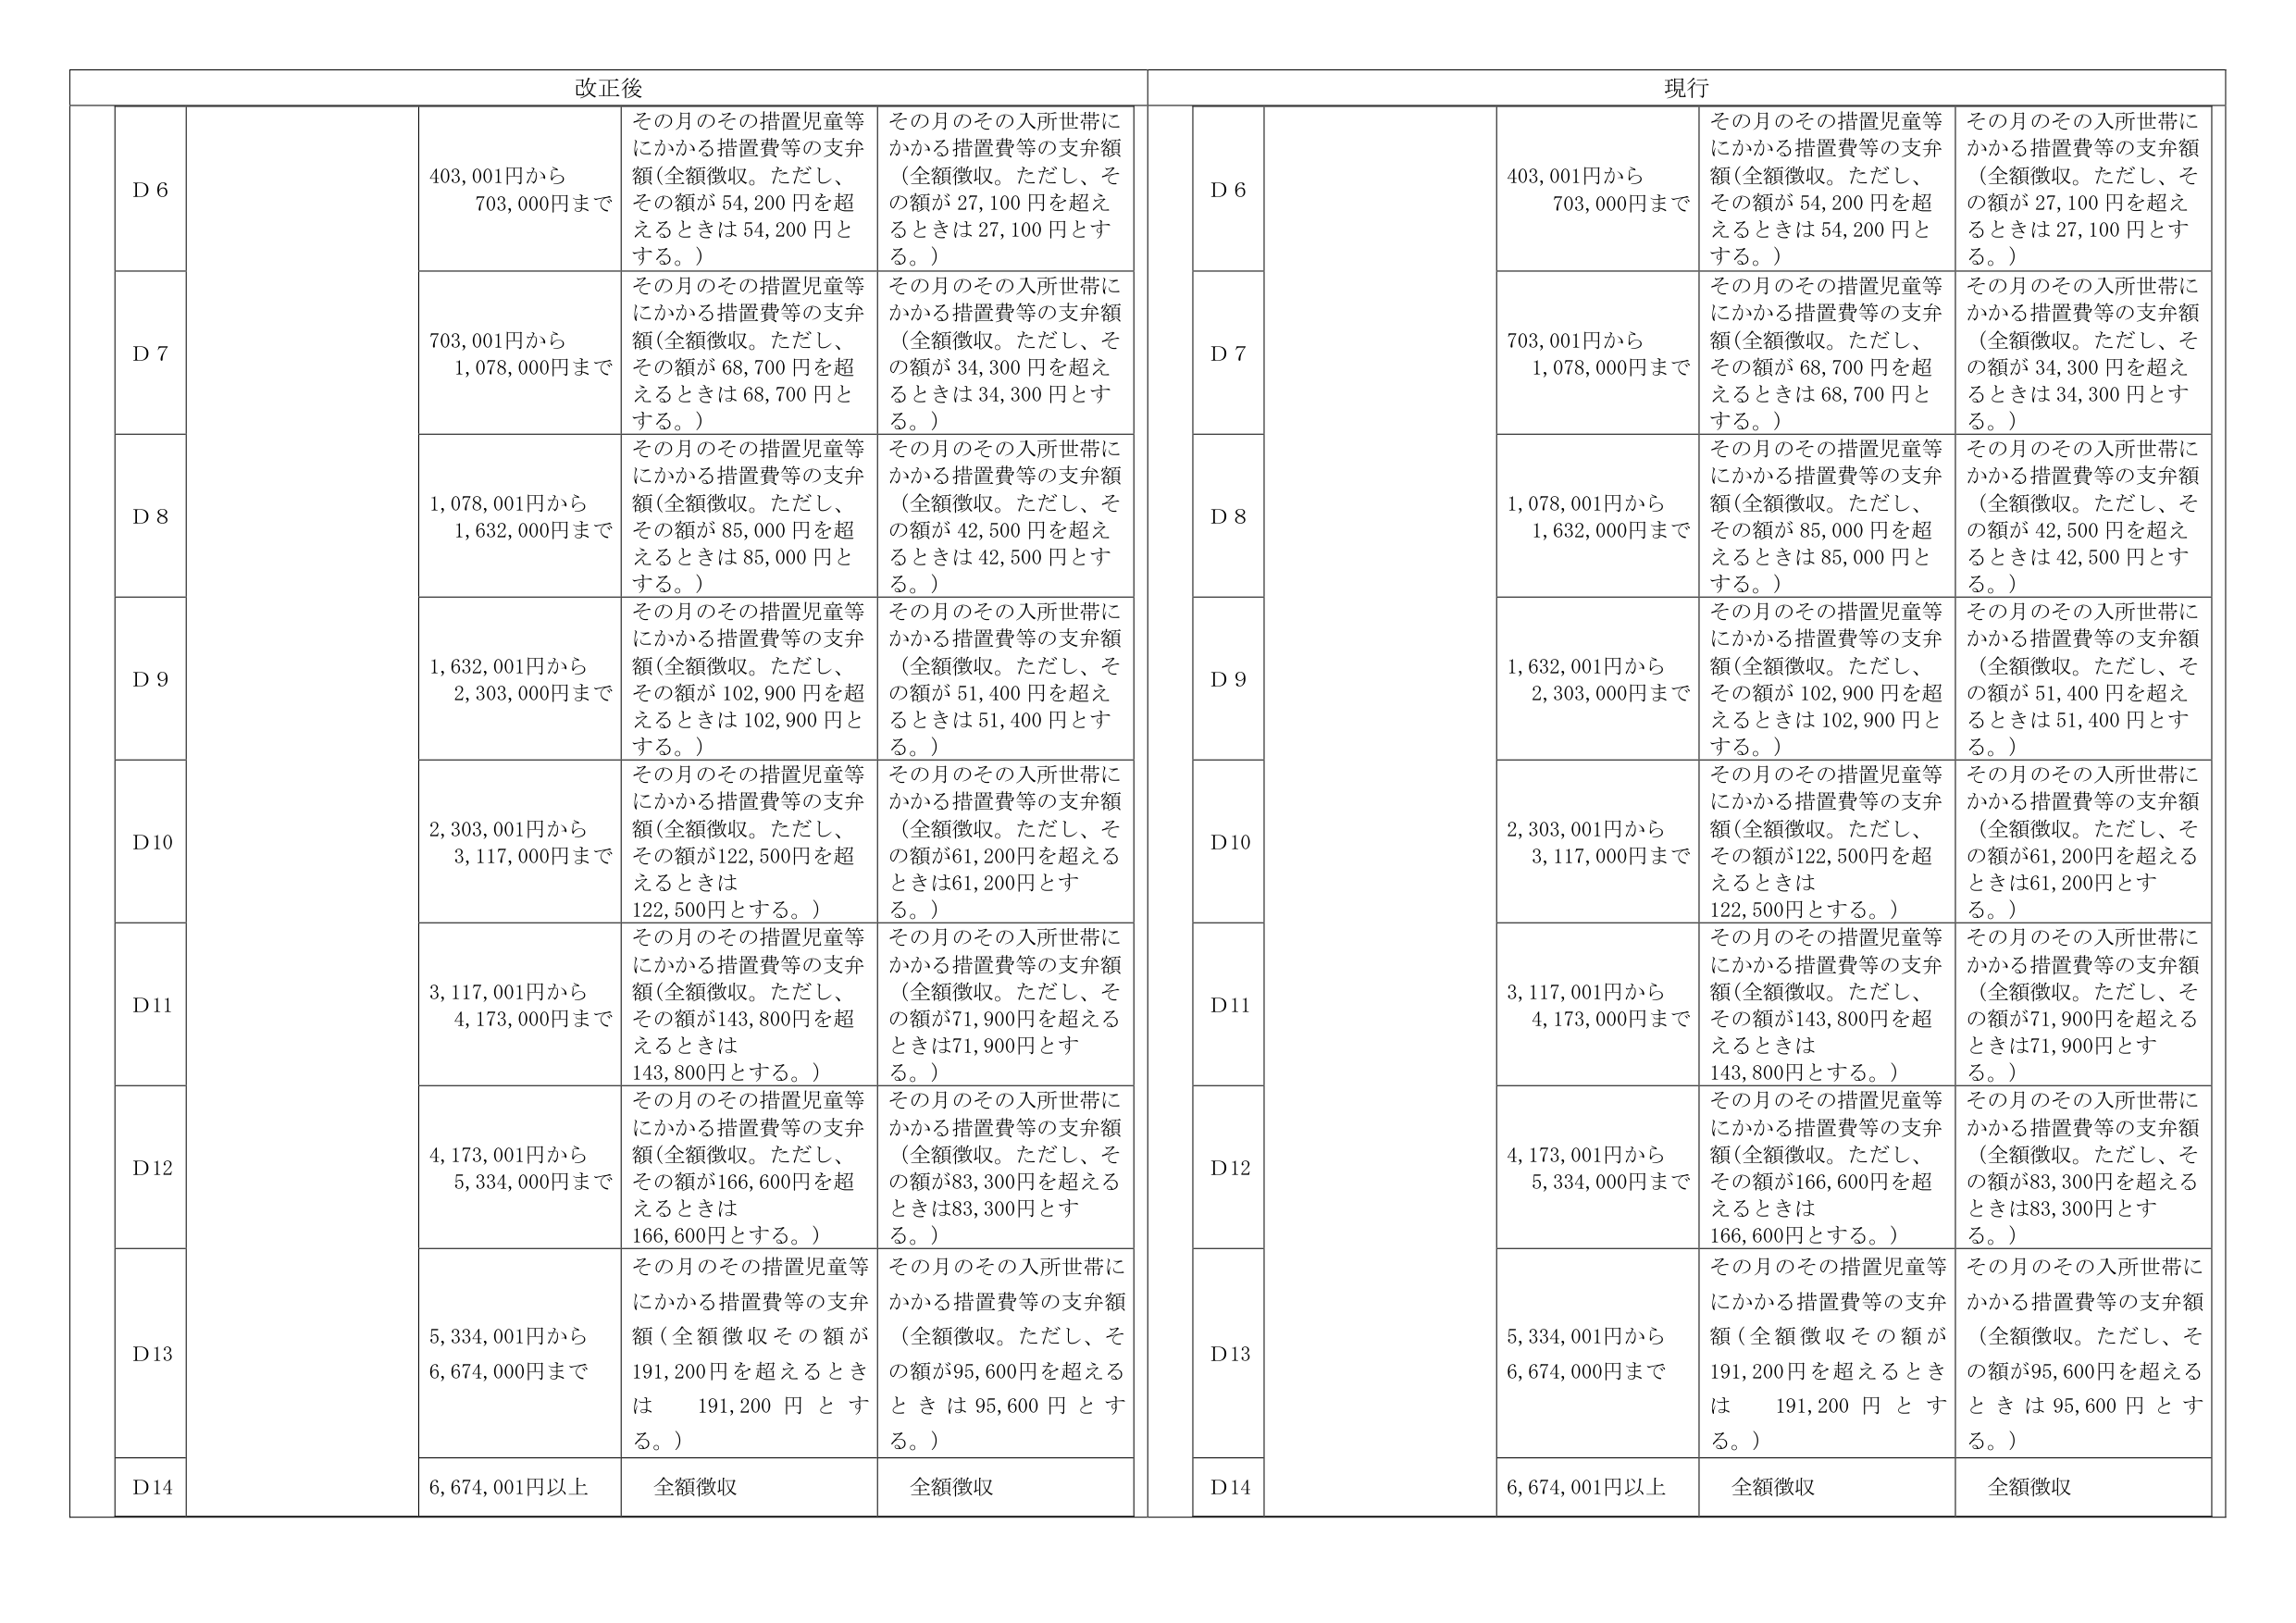
改正後

D 6
403,001円から
703,000円まで
その月のその措置児童等
にかかる措置費等の支弁
額（全額徴収。ただし、
その額が 54,200 円を超
えるときは 54,200 円と
する。）
その月のその入所世帯に
かかる措置費等の支弁額
（全額徴収。ただし、そ
の額が 27,100 円を超え
るときは 27,100 円とす
る。）

D 7
703,001円から
1,078,000円まで
その月のその措置児童等
にかかる措置費等の支弁
額（全額徴収。ただし、
その額が 68,700 円を超
えるときは 68,700 円と
する。）
その月のその入所世帯に
かかる措置費等の支弁額
（全額徴収。ただし、そ
の額が 34,300 円を超え
るときは 34,300 円とす
る。）

D 8
1,078,001円から
1,632,000円まで
その月のその措置児童等
にかかる措置費等の支弁
額（全額徴収。ただし、
その額が 85,000 円を超
えるときは 85,000 円と
する。）
その月のその入所世帯に
かかる措置費等の支弁額
（全額徴収。ただし、そ
の額が 42,500 円を超え
るときは 42,500 円とす
る。）

D 9
1,632,001円から
2,303,000円まで
その月のその措置児童等
にかかる措置費等の支弁
額（全額徴収。ただし、
その額が 102,900 円を超
えるときは 102,900 円と
する。）
その月のその入所世帯に
かかる措置費等の支弁額
（全額徴収。ただし、そ
の額が 51,400 円を超え
るときは 51,400 円とす
る。）

D10
2,303,001円から
3,117,000円まで
その月のその措置児童等
にかかる措置費等の支弁
額（全額徴収。ただし、
その額が122,500円を超
えるときは
122,500円とする。）
その月のその入所世帯に
かかる措置費等の支弁額
（全額徴収。ただし、そ
の額が61,200円を超える
ときは61,200円とす
る。）

D11
3,117,001円から
4,173,000円まで
その月のその措置児童等
にかかる措置費等の支弁
額（全額徴収。ただし、
その額が143,800円を超
えるときは
143,800円とする。）
その月のその入所世帯に
かかる措置費等の支弁額
（全額徴収。ただし、そ
の額が71,900円を超える
ときは71,900円とす
る。）

D12
4,173,001円から
5,334,000円まで
その月のその措置児童等
にかかる措置費等の支弁
額（全額徴収。ただし、
その額が166,600円を超
えるときは
166,600円とする。）
その月のその入所世帯に
かかる措置費等の支弁額
（全額徴収。ただし、そ
の額が83,300円を超える
ときは83,300円とす
る。）

D13
5,334,001円から
6,674,000円まで
その月のその措置児童等
にかかる措置費等の支弁
額（全額徴収その額が
191,200円を超えるとき
は 191,200 円 と す
る。）
その月のその入所世帯に
かかる措置費等の支弁額
（全額徴収。ただし、そ
の額が95,600円を超える
ときは 95,600 円 と す
る。）

D14
6,674,001円以上
全額徴収
全額徴収

現行

D 6
403,001円から
703,000円まで
その月のその措置児童等
にかかる措置費等の支弁
額（全額徴収。ただし、
その額が 54,200 円を超
えるときは 54,200 円と
する。）
その月のその入所世帯に
かかる措置費等の支弁額
（全額徴収。ただし、そ
の額が 27,100 円を超え
るときは 27,100 円とす
る。）

D 7
703,001円から
1,078,000円まで
その月のその措置児童等
にかかる措置費等の支弁
額（全額徴収。ただし、
その額が 68,700 円を超
えるときは 68,700 円と
する。）
その月のその入所世帯に
かかる措置費等の支弁額
（全額徴収。ただし、そ
の額が 34,300 円を超え
るときは 34,300 円とす
る。）

D 8
1,078,001円から
1,632,000円まで
その月のその措置児童等
にかかる措置費等の支弁
額（全額徴収。ただし、
その額が 85,000 円を超
えるときは 85,000 円と
する。）
その月のその入所世帯に
かかる措置費等の支弁額
（全額徴収。ただし、そ
の額が 42,500 円を超え
るときは 42,500 円とす
る。）

D 9
1,632,001円から
2,303,000円まで
その月のその措置児童等
にかかる措置費等の支弁
額（全額徴収。ただし、
その額が 102,900 円を超
えるときは 102,900 円と
する。）
その月のその入所世帯に
かかる措置費等の支弁額
（全額徴収。ただし、そ
の額が 51,400 円を超え
るときは 51,400 円とす
る。）

D10
2,303,001円から
3,117,000円まで
その月のその措置児童等
にかかる措置費等の支弁
額（全額徴収。ただし、
その額が122,500円を超
えるときは
122,500円とする。）
その月のその入所世帯に
かかる措置費等の支弁額
（全額徴収。ただし、そ
の額が61,200円を超える
ときは61,200円とす
る。）

D11
3,117,001円から
4,173,000円まで
その月のその措置児童等
にかかる措置費等の支弁
額（全額徴収。ただし、
その額が143,800円を超
えるときは
143,800円とする。）
その月のその入所世帯に
かかる措置費等の支弁額
（全額徴収。ただし、そ
の額が71,900円を超える
ときは71,900円とす
る。）

D12
4,173,001円から
5,334,000円まで
その月のその措置児童等
にかかる措置費等の支弁
額（全額徴収。ただし、
その額が166,600円を超
えるときは
166,600円とする。）
その月のその入所世帯に
かかる措置費等の支弁額
（全額徴収。ただし、そ
の額が83,300円を超える
ときは83,300円とす
る。）

D13
5,334,001円から
6,674,000円まで
その月のその措置児童等
にかかる措置費等の支弁
額（全額徴収その額が
191,200円を超えるとき
は 191,200 円 と す
る。）
その月のその入所世帯に
かかる措置費等の支弁額
（全額徴収。ただし、そ
の額が95,600円を超える
ときは 95,600 円 と す
る。）

D14
6,674,001円以上
全額徴収
全額徴収